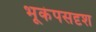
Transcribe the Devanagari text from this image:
भूकंपसदृश